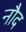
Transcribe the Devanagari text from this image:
नौद